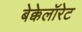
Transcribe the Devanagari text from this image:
बेक्केलॉरेट